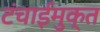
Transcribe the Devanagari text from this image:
टंचाईमुक्त